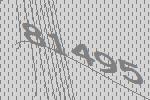
81495